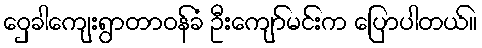
ဝှေခါကျေးရွာတာဝန်ခံ ဦးကျော်မင်းက ပြောပါတယ်။